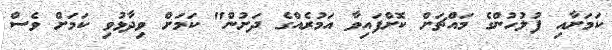
ކަމަށާއި ފުލުހުންގެ މައްޗަށް ކޮށްފައިވާ އަމުރެއްގެ ދަށުން" ކަމަށް ވިދާޅުވި ކަމަށް ވެސް